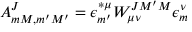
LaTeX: A _ { m M , m ^ { \prime } M ^ { \prime } } ^ { J } = \epsilon _ { m ^ { \prime } } ^ { \ast \mu } W _ { \mu \nu } ^ { J M ^ { \prime } M } \epsilon _ { m } ^ { \nu }